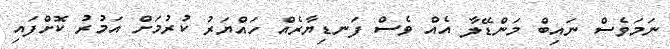
ނަމަވެސް ނައިބް މަންޑޭލާ އެއް ވެސް ފަނޑިޔާރެއް ހައްޔަރު ކުރުމަށް އަމުރު ކޮށްފައި